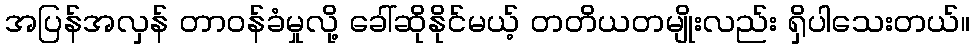
အပြန်အလှန် တာဝန်ခံမှုလို့ ခေါ်ဆိုနိုင်မယ့် တတိယတမျိုးလည်း ရှိပါသေးတယ်။